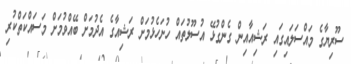
ސޫރިޔާގެ މައްސަލައިގައި ރަޝިއާއިން ގެންގުޅޭ އުސޫލުތައް ހުށަހެޅުމަށް ރަޝިއާގެ އެދުމަށް ބޭއްވުމަށް މަސައްކަތްކުރި